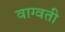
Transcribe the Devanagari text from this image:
वाग्वती